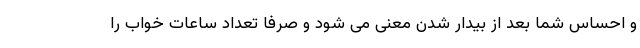
و احساس شما بعد از بیدار شدن معنی می شود و صرفا تعداد ساعات خواب را